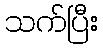
သက်ပြီး